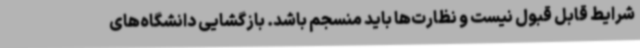
شرایط قابل قبول نیست و نظارت‌ها باید منسجم باشد. بازگشایی دانشگاه‌های